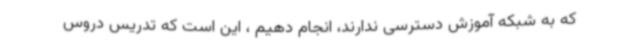
که به شبکه آموزش دسترسی ندارند، انجام دهیم ، این است که تدریس دروس